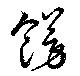
餝